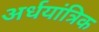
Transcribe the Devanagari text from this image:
अर्धयांत्रिक